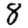
Digit: 8